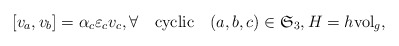
\begin{align*} [v_a,v_b] = \alpha_c \varepsilon_cv_c,\forall\quad\mbox{cyclic}\quad(a,b,c)\in \mathfrak{S}_3,H=h\mathrm{vol}_g,\end{align*}